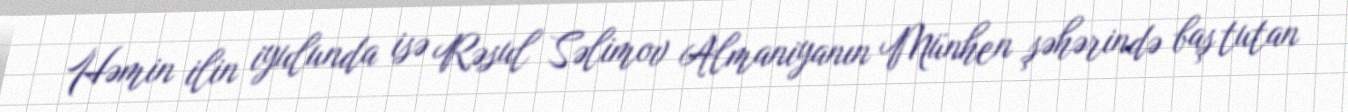
Həmin ilin iyulunda isə Rəsul Səlimov Almaniyanın Münhen şəhərində baş tutan